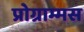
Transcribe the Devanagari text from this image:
प्रोग्राम्मस